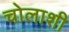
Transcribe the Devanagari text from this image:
चोलाशी